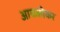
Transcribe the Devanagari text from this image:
आवळीकर